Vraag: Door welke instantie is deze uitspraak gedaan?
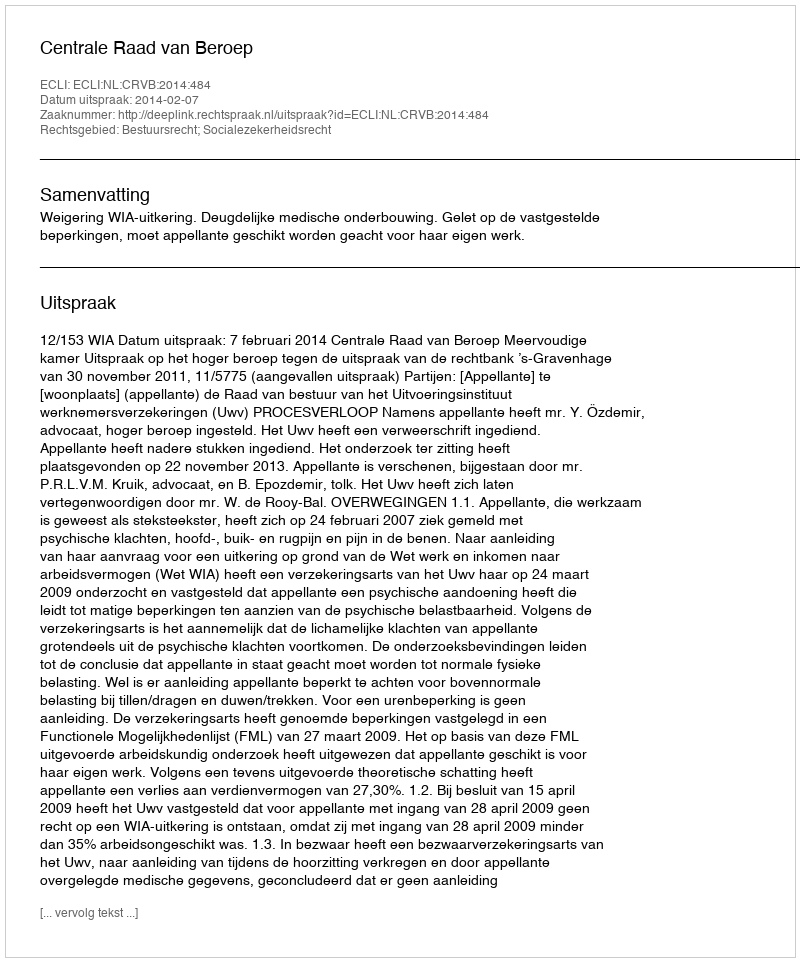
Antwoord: Centrale Raad van Beroep